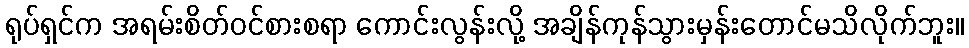
ရုပ်ရှင်က အရမ်းစိတ်ဝင်စားစရာ ကောင်းလွန်းလို့ အချိန်ကုန်သွားမှန်းတောင်မသိလိုက်ဘူး။